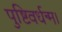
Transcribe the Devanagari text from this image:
पुष्टिवर्धन्म।